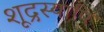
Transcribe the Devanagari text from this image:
शूद्रस्यापि